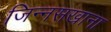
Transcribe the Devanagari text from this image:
जिन्नसखाना